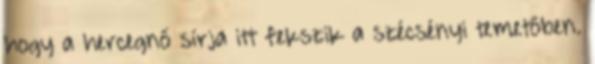
hogy a hercegnő sírja itt fekszik a szécsényi temetőben.